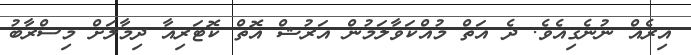
އިރެއް ނުނެގިއެވެ. ދެ އަތް މުއްކަވާލަމުން އަރުޝް އޮތް ކޮޓަރިއާ ދިމާލަށް މިސްރާބު